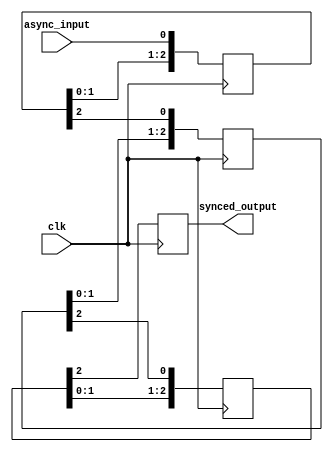
module cascade_synchronizer (
    input wire async_input,
    input wire clk,
    output reg synced_output
);

reg [2:0] stage1;
reg [2:0] stage2;
reg [2:0] stage3;

always @(posedge clk) begin
    stage1 <= {stage1[1:0], async_input}; // First stage
    stage2 <= {stage2[1:0], stage1[2]};   // Second stage
    stage3 <= {stage3[1:0], stage2[2]};   // Third stage
    synced_output <= stage3[2];            // Synchronized output
end

endmodule